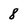
Character: 8